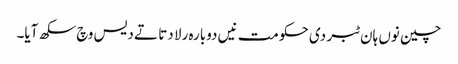
چین نوں ہان ٹبر دی حکومت نیں دوبارہ رلا دتا تے دیس وچ سکھ آیا۔